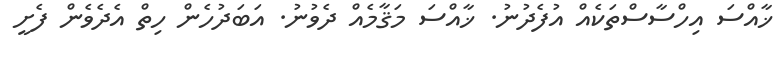
ޚާއްސަ އިހްސާސްތަކެއް އުފެދުނު. ޚާއްސަ މަޤާމެއް ދެވުނު. އަބަދުހެން ހިތް އެދެވެން ފެށީ